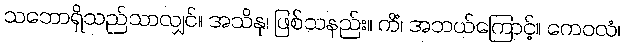
သဘောရှိသည်သာလျှင်။ အသိနု၊ ဖြစ်သနည်း။ ကိံ၊ အဘယ်ကြောင့်။ ကေဝလံ၊